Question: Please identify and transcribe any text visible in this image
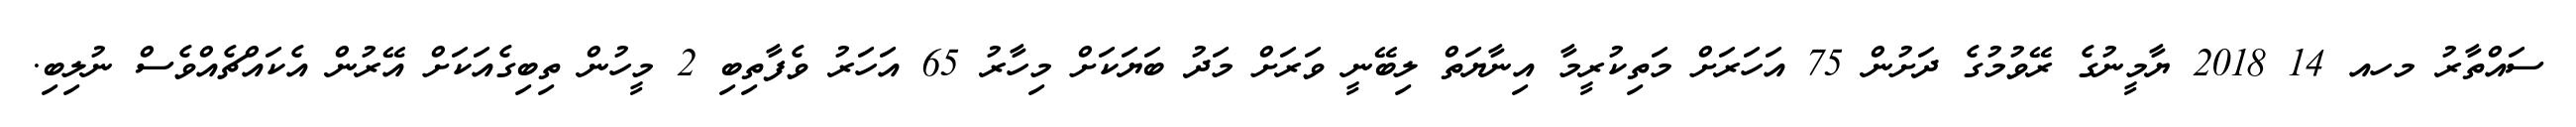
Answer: ސައްތާރު މހއ 14 2018 ޔާމީނުގެ ރޭވުމުގެ ދަށުން 75 އަހަރަށް މަތިކުރީމާ އިނާޔަތް ލިބޭނީ ވަރަށް މަދު ބަޔަކަށް މިހާރު 65 އަހަރު ވެފާތިބި 2 މީހުން ތިބިގެއަކަށް އޭރުން އެކައްޗެއްވެސް ނުލިބި.